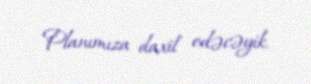
Planımıza daxil edəcəyik.